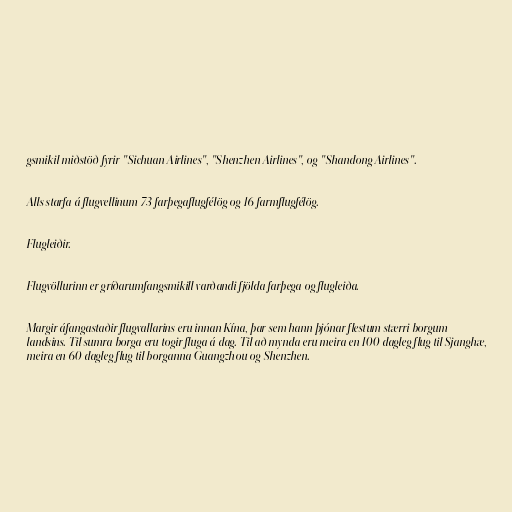
gsmikil miðstöð fyrir "Sichuan Airlines", "Shenzhen Airlines", og "Shandong Airlines".

Alls starfa á flugvellinum 73 farþegaflugfélög og 16 farmflugfélög.

Flugleiðir.

Flugvöllurinn er gríðarumfangsmikill varðandi fjölda farþega og flugleiða.

Margir áfangastaðir flugvallarins eru innan Kína, þar sem hann þjónar flestum stærri borgum
landsins. Til sumra borga eru togir fluga á dag. Til að mynda eru meira en 100 dagleg flug til Sjanghæ,
meira en 60 dagleg flug til borganna Guangzhou og Shenzhen.